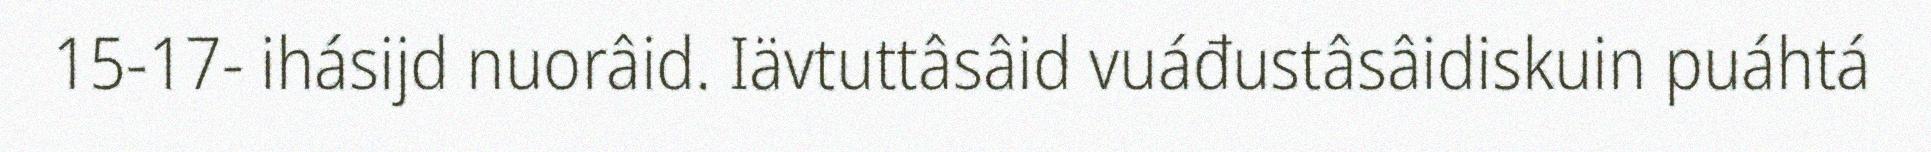
15-17- ihásijd nuorâid. Iävtuttâsâid vuáđustâsâidiskuin puáhtá